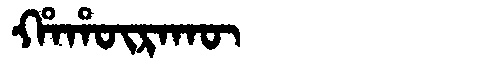
Manchu: ᡥᠠᡥᡡᡵᠠᡴᡡ
Romanization: HAHŪRAKŪ